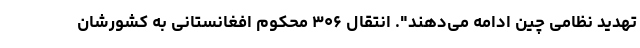
تهدید نظامی چین ادامه می‌دهند". انتقال ۳۰۶ محکوم افغانستانی به کشورشان